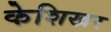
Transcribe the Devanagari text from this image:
केशिखर